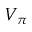
V _ { \pi }